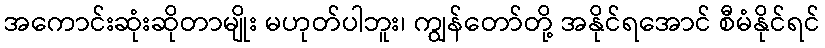
အကောင်းဆုံးဆိုတာမျိုး မဟုတ်ပါဘူး၊ ကျွန်တော်တို့ အနိုင်ရအောင် စီမံနိုင်ရင်